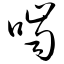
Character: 啮